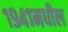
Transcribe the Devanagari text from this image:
१९४१मधील